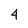
Character: 4